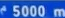
5000